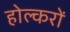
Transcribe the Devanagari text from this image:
होल्करों